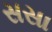
સસા